Annual administration report of the Civil Veterinary Department of India - 1894-1895
Year: 1894
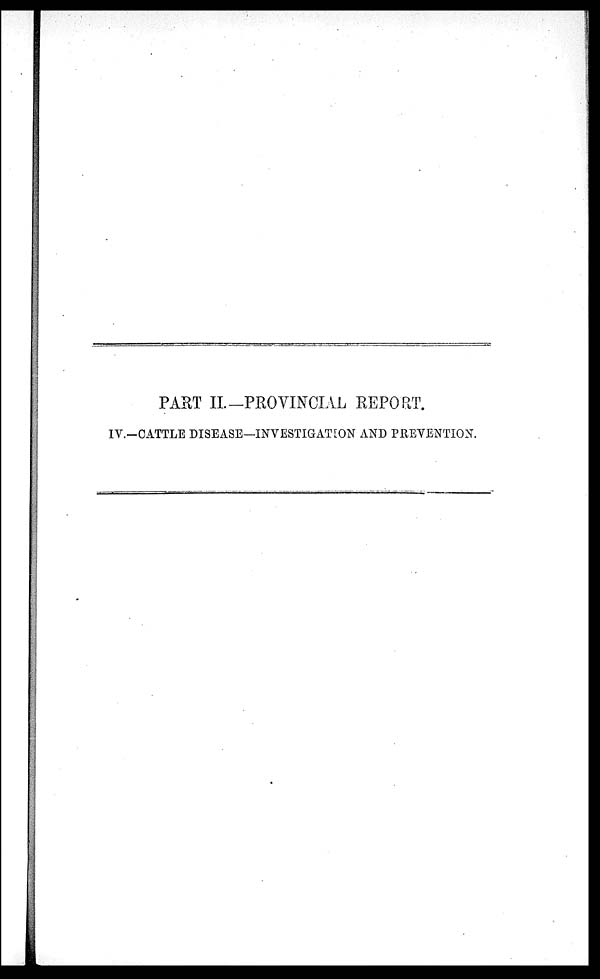
PART II.—PROVINCIAL REPORT.
IV.-CATTLE DISEASE—INVESTIGATION AND PREVENTION.